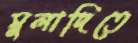
মুলাদিতে